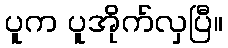
ပူက ပူအိုက်လှပြီ။